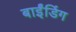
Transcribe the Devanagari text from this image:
बाईंडिंग